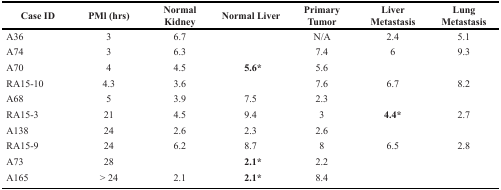
| Case ID | PMl (hrs) | Normal Kidney | Normal Liver | Primary Tumor | Liver Metastasis | Lung Metastasis |
 | --- | --- | --- | --- | --- | --- | --- |
 | A36 | 3 | 6.7 |  | N/A | 2.4 | 5.1 |
 | A74 | 3 | 6.3 |  | 7.4 | 6 | 9.3 |
 | A70 | 4 | 4.5 | 5.6* | 5.6 |  |  |
 | RA15-10 | 4.3 | 3.6 |  | 7.6 | 6.7 | 8.2 |
 | A68 | 5 | 3.9 | 7.5 | 2.3 |  |  |
 | RA15-3 | 21 | 4.5 | 9.4 | 3 | 4.4* | 2.7 |
 | A138 | 24 | 2.6 | 2.3 | 2.6 |  |  |
 | RA15-9 | 24 | 6.2 | 8.7 | 8 | 6.5 | 2.8 |
 | A73 | 28 |  | 2.1* | 2.2 |  |  |
 | A165 | > 24 | 2.1 | 2.1* | 8.4 |  |  |